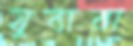
যুবারা